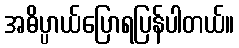
အဓိပ္ပာယ်ပြောရပြန်ပါတယ်။